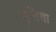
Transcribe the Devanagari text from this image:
चुनिया